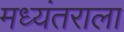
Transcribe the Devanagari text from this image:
मध्यंतराला